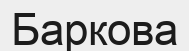
Баркова